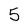
Character: 5